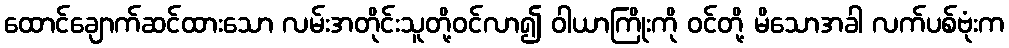
ထောင်ချောက်ဆင်ထားသော လမ်းအတိုင်းသူတို့ဝင်လာ၍ ဝါယာကြိုးကို ဝင်တို့ မိသောအခါ လက်ပစ်ဗုံးက